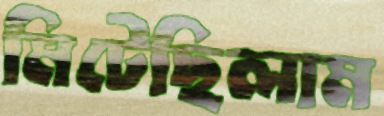
মিটেছিলাম